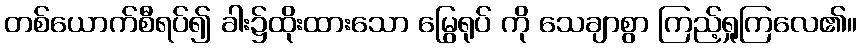
တစ်ယောက်စီရပ်၍ ခါး၌ထိုးထားသော မြွေရုပ် ကို သေချာစွာ ကြည့်ရှုကြလေ၏။